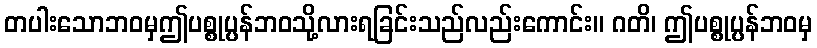
တပါးသောဘဝမှဤပစ္စုပ္ပန်ဘဝသို့လားရခြင်းသည်လည်းကောင်း။ ဂတိ၊ ဤပစ္စုပ္ပန်ဘဝမှ